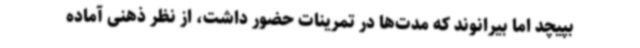
بپیچد اما بیرانوند که مدت‌ها در تمرینات حضور داشت، از نظر ذهنی آماده